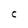
Character: C